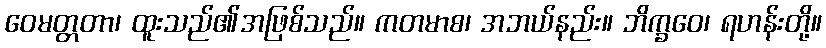
ဝေမတ္တတာ၊ ထူးသည်၏အဖြစ်သည်။ ကတမာစ၊ အဘယ်နည်း။ ဘိက္ခဝေ၊ ရဟန်းတို့။